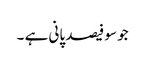
جو سو فیصد پانی ہے ۔